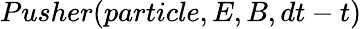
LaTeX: Pusher(particle,E,B,dt-t)